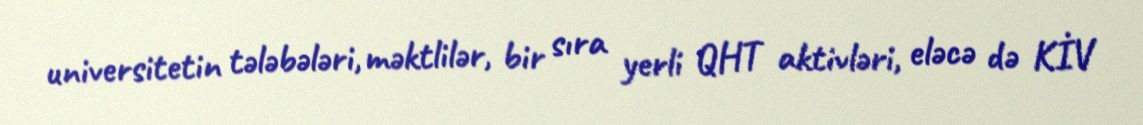
universitetin tələbələri, məktlilər, bir sıra yerli QHT aktivləri, eləcə də KİV